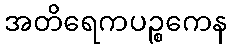
အတိရေကပဉ္စကေန